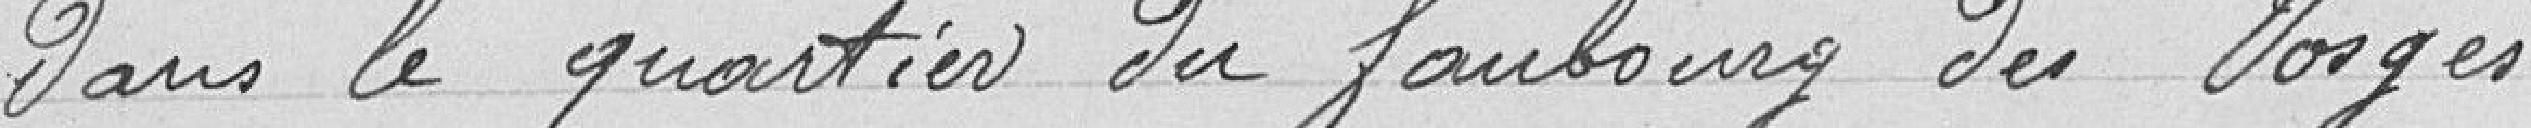
dans le quartier du faubourg des Vosges.